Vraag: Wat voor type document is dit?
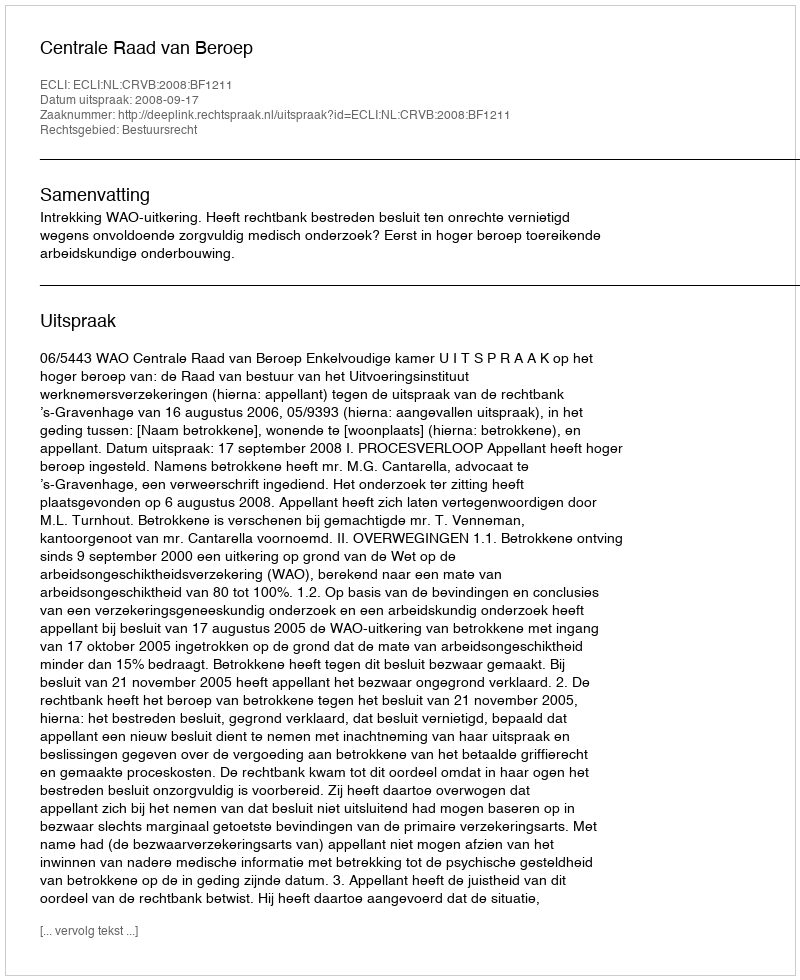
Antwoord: Uitspraak